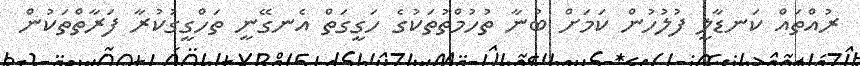
ރުއްތައް ކަނޑާލީ ފުލުުހުން ކަމަށް ބުނާ ތުހުމްތުތަކުގެ ހަގީގަތް އެނގޭނީ ތަހްގީގުކުރާ ފަރާތްތަކުން